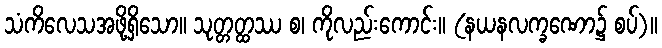
သံကိလေသအဖို့ရှိသော။ သုတ္တတ္ထဿ စ၊ ကိုလည်းကောင်း။ (နယနလက္ခဏော၌ စပ်)။